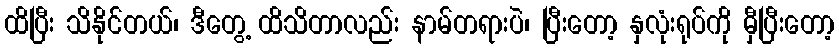
ထိပြီး သိနိုင်တယ်၊ ဒီတွေ့ ထိသိတာလည်း နာမ်တရားပဲ၊ ပြီးတော့ နှလုံးရုပ်ကို မှီပြီးတော့